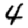
Digit: 4